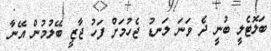
ބަލޮޓެލީ ބުނީ ދެ ވަނަ ލަނޑު ޖެހުމަށް ފަހު ޖާޒީ ބޭލުމުން އޭނާ